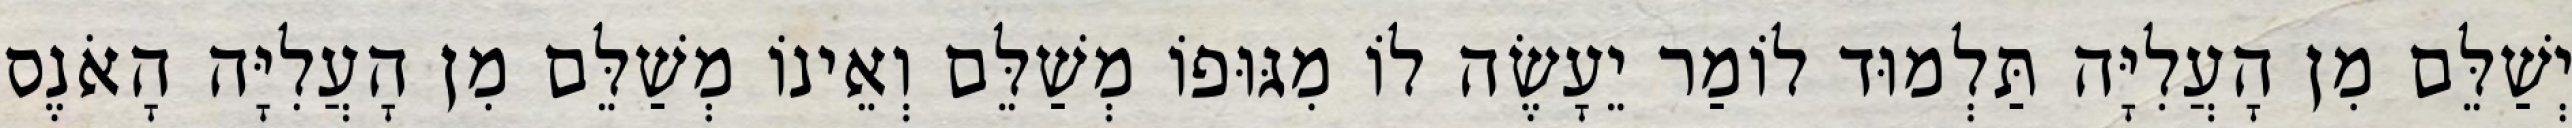
יְשַׁלֵּם מִן הָעֲלִיָּה תַּלְמוּד לוֹמַר יֵעָשֶׂה לוֹ מִגּוּפוֹ מְשַׁלֵּם וְאֵינוֹ מְשַׁלֵּם מִן הָעֲלִיָּה הָאֹנֶס